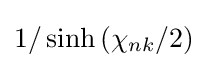
1/\sinh {(\chi _{nk}/2)}